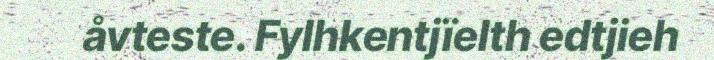
åvteste. Fylhkentjïelth edtjieh